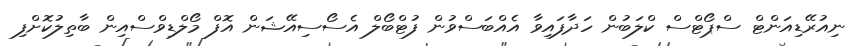
ނިއުރޭޑިއަންޓް ސްޕޯޓްސް ކްލަބުން ހަދާފައިވާ އެއްބަސްވުން ފުޓްބޯލް އެސޯސިއޭޝަން އޮފް މޯލްޑިވްސްއިން ބާތިލުކޮށްފި